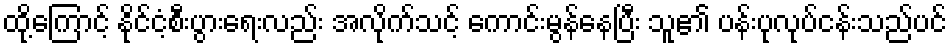
ထို့ကြောင့် နိုင်ငံ့စီးပွားရေးလည်း အလိုက်သင့် ကောင်းမွန်နေပြီး သူ၏ ပန်းပုလုပ်ငန်းသည်ပင်